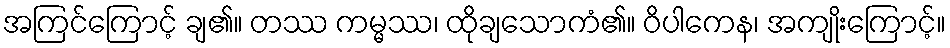
အကြင်ကြောင့် ချ၏။ တဿ ကမ္မဿ၊ ထိုချသောကံ၏။ ဝိပါကေန၊ အကျိုးကြောင့်။